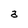
Character: a